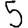
Digit: 5